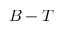
B - T